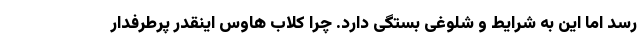
رسد اما این به شرایط و شلوغی بستگی دارد. چرا کلاب هاوس اینقدر پرطرفدار